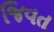
જિવત